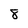
Character: 8